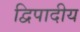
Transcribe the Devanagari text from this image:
द्विपादीय